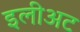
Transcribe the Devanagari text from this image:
इलीअट